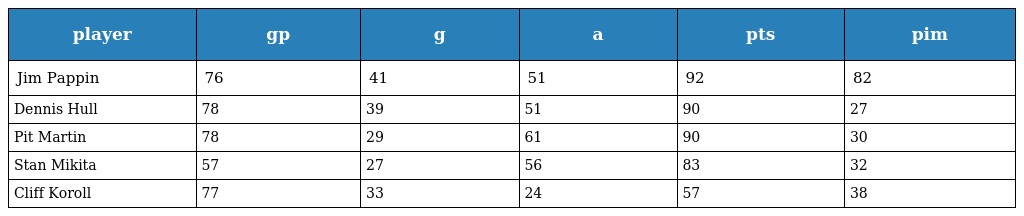
| player | gp | g | a | pts | pim |
 | --- | --- | --- | --- | --- | --- |
 | Jim Pappin | 76 | 41 | 51 | 92 | 82 |
 | Dennis Hull | 78 | 39 | 51 | 90 | 27 |
 | Pit Martin | 78 | 29 | 61 | 90 | 30 |
 | Stan Mikita | 57 | 27 | 56 | 83 | 32 |
 | Cliff Koroll | 77 | 33 | 24 | 57 | 38 |